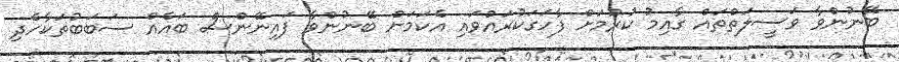
ބޭނުންވާ ވަސީލަތްތައް ގާއިމު ކުރުމަށް ފާހަގަކުރައްވައި އެކަމަށް ބޭނުންވާ ފައިނޭންސް ބައެއް ސަބަބުތަކާހެދި